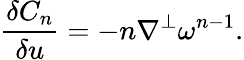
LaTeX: \frac{\delta C_{n}}{\delta u}=-n\nabla^{\perp}\omega^{n-1}.